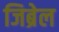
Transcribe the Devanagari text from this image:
जिब्रेल